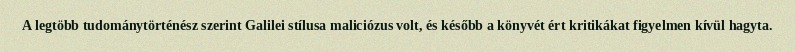
A legtöbb tudománytörténész szerint Galilei stílusa maliciózus volt, és később a könyvét ért kritikákat figyelmen kívül hagyta.